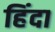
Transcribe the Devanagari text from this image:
हिंदा